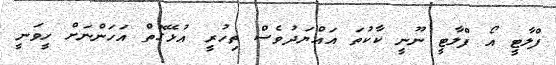
ފްލާޓީ އޯ ފްލާޓީ ނޫނީ ކާކުތަ އައްޔަދުވެސް ތިހުރީ އުޅޭގޮތް އަހަންނަށް ހީވަނީ